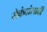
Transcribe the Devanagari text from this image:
सेकंदांसाठी